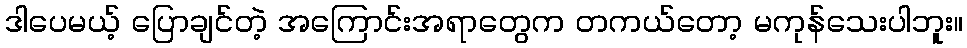
ဒါပေမယ့် ပြောချင်တဲ့ အကြောင်းအရာတွေက တကယ်တော့ မကုန်သေးပါဘူး။